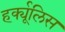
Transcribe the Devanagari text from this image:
हर्क्यूलिस